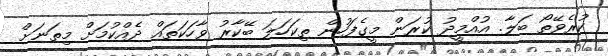
ކުރެވޭތޯ ބަލާ. އުއްމީދު ކުރަން މީގެފަހުން ތިކަހަލަ ބޭކާރު ވާހަކަތައް ދެއްކުމަށް މިތަނަށް